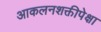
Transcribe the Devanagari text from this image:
आकलनशक्तीपेक्षा